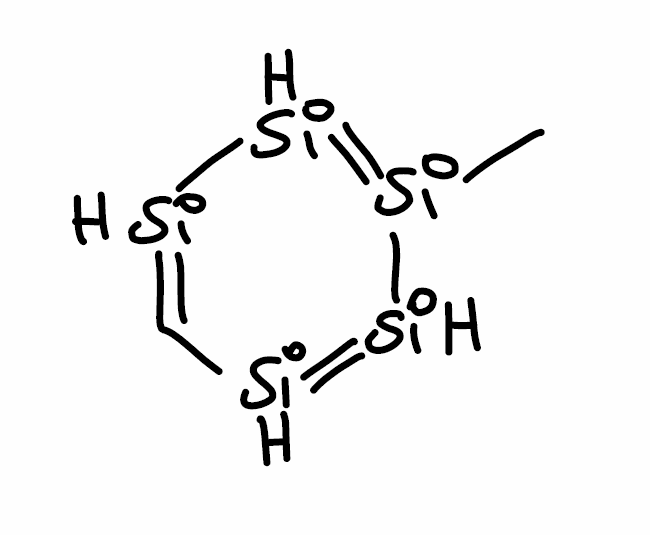
Simplified molecular-input line-entry system (SMILES) notation of the given molecule:
C[Si]1=[SiH][SiH]=C[SiH]=[SiH]1